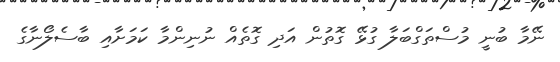
ނޭމާ ބުނީ މުސްތަގްބަލާ ގުޅޭ ގޮތުން އަދި ގޮތެއް ނުނިންމާ ކަމަށާއި ބާސެލޯނާގެ